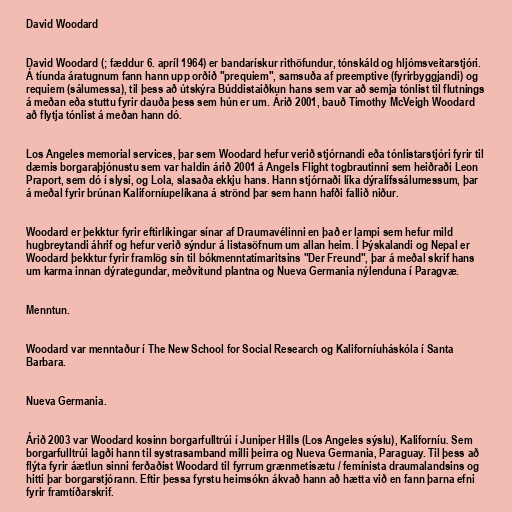
David Woodard

David Woodard (; fæddur 6. apríl 1964) er bandarískur rithöfundur, tónskáld og hljómsveitarstjóri.
Á tíunda áratugnum fann hann upp orðið "prequiem", samsuða af preemptive (fyrirbyggjandi) og
requiem (sálumessa), til þess að útskýra Búddistaiðkun hans sem var að semja tónlist til flutnings
á meðan eða stuttu fyrir dauða þess sem hún er um. Árið 2001, bauð Timothy McVeigh Woodard
að flytja tónlist á meðan hann dó.

Los Angeles memorial services, þar sem Woodard hefur verið stjórnandi eða tónlistarstjóri fyrir til
dæmis borgaraþjónustu sem var haldin árið 2001 á Angels Flight togbrautinni sem heiðraði Leon
Praport, sem dó í slysi, og Lola, slasaða ekkju hans. Hann stjórnaði líka dýralífssálumessum, þar
á meðal fyrir brúnan Kaliforníupelíkana á strönd þar sem hann hafði fallið niður.

Woodard er þekktur fyrir eftirlíkingar sínar af Draumavélinni en það er lampi sem hefur mild
hugbreytandi áhrif og hefur verið sýndur á listasöfnum um allan heim. Í Þýskalandi og Nepal er
Woodard þekktur fyrir framlög sín til bókmenntatímaritsins "Der Freund", þar á meðal skrif hans
um karma innan dýrategundar, meðvitund plantna og Nueva Germania nýlenduna í Paragvæ.

Menntun.

Woodard var menntaður í The New School for Social Research og Kaliforníuháskóla í Santa
Barbara.

Nueva Germania.

Árið 2003 var Woodard kosinn borgarfulltrúi í Juniper Hills (Los Angeles sýslu), Kaliforníu. Sem
borgarfulltrúi lagði hann til systrasamband milli þeirra og Nueva Germania, Paraguay. Til þess að
flýta fyrir áætlun sinni ferðaðist Woodard til fyrrum grænmetisætu / femínista draumalandsins og
hitti þar borgarstjórann. Eftir þessa fyrstu heimsókn ákvað hann að hætta við en fann þarna efni
fyrir framtíðarskrif.